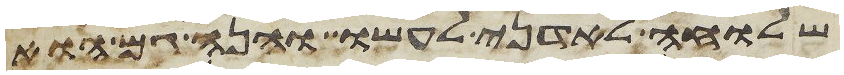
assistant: שלוחה לאדני לעשו והנה גם הוא